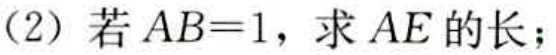
(2) 若 \(AB = 1\)，求 \(AE\) 的长；